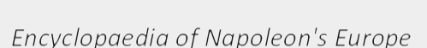
Encyclopaedia of Napoleon's Europe